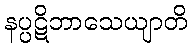
နပ္ပဋိဘာသေယျာတိ